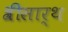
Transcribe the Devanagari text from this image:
श्रीसार्थ